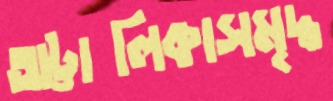
অট্টালিকাসমৃদ্ধ